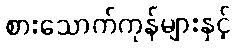
စားသောက်ကုန်များနှင့်